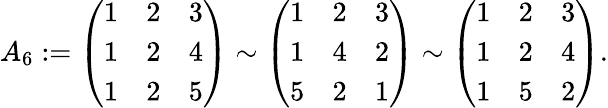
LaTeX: A_{6}:=\left(\begin{array}{lll}{1}&{2}&{3}\\ {1}&{2}&{4}\\ {1}&{2}&{5}\end{array}\right)\sim\left(\begin{array}{lll}{1}&{2}&{3}\\ {1}&{4}&{2}\\ {5}&{2}&{1}\end{array}\right)\sim\left(\begin{array}{lll}{1}&{2}&{3}\\ {1}&{2}&{4}\\ {1}&{5}&{2}\end{array}\right).